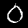
Digit: 0